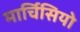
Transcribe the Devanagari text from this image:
मार्चिसियो